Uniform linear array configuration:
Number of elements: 64
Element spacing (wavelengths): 0.25
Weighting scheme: hamming
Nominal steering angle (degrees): -45
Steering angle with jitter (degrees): -46.265
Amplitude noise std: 0.05
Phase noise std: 0.05

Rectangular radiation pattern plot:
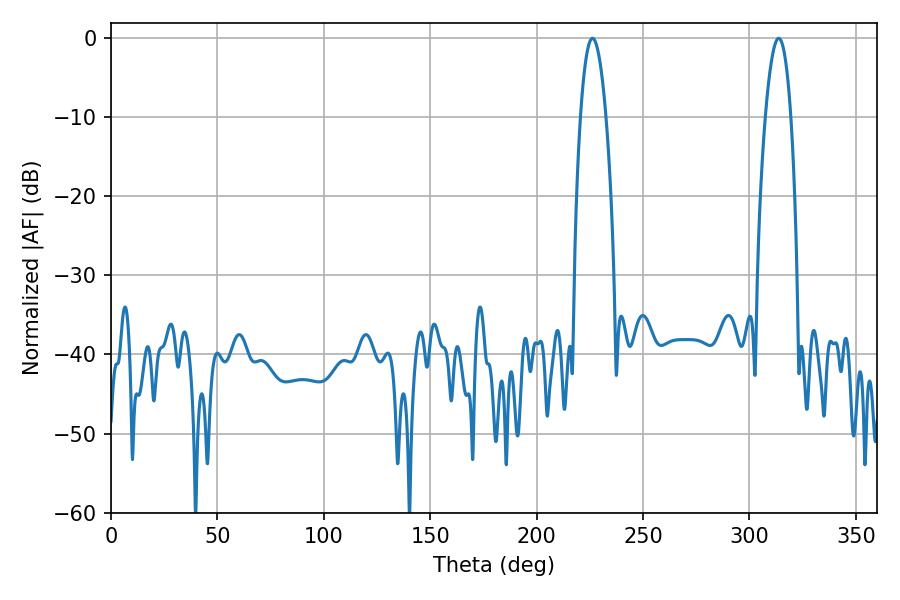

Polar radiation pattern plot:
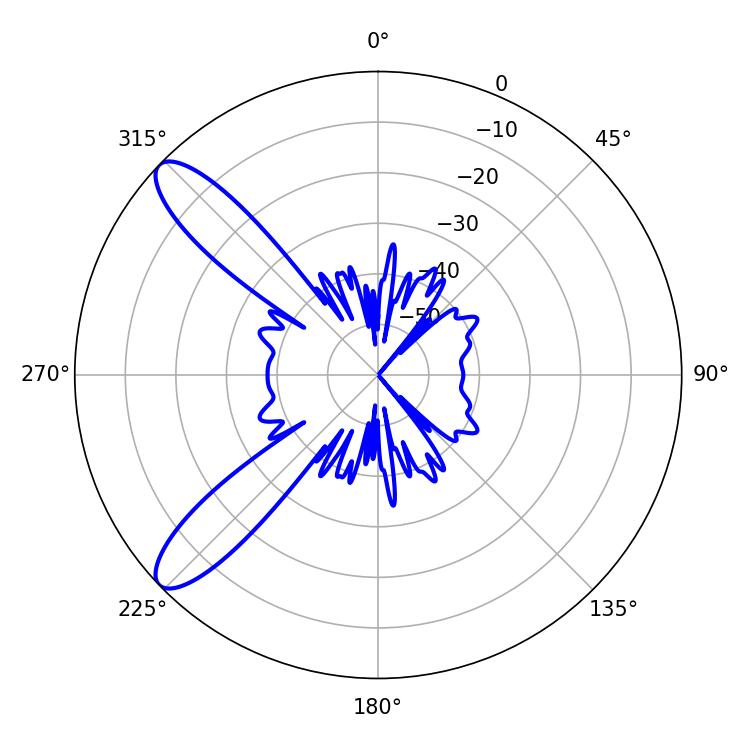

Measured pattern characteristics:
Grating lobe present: FALSE
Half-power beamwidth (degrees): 6.66
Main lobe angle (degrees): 226.26